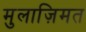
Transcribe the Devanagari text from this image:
मुलाज़िमत